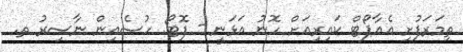
ތިމަރަފުށި އެއާޕޯޓް ކައިރިއަށް ހޮނު އަޅަނީ - ފޮޓޯ: ހުސެއިން ނާސިރު ތ.